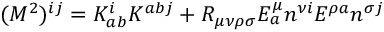
( M ^ { 2 } ) ^ { i j } = K _ { a b } ^ { i } K ^ { a b j } + R _ { \mu \nu \rho \sigma } E _ { a } ^ { \mu } n ^ { \nu i } E ^ { \rho a } n ^ { \sigma j }